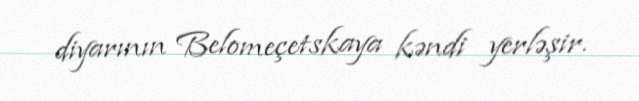
diyarının Belomeçetskaya kəndi yerləşir.